Indian journal of veterinary science and animal husbandry - Volume 6,
Year: 1936
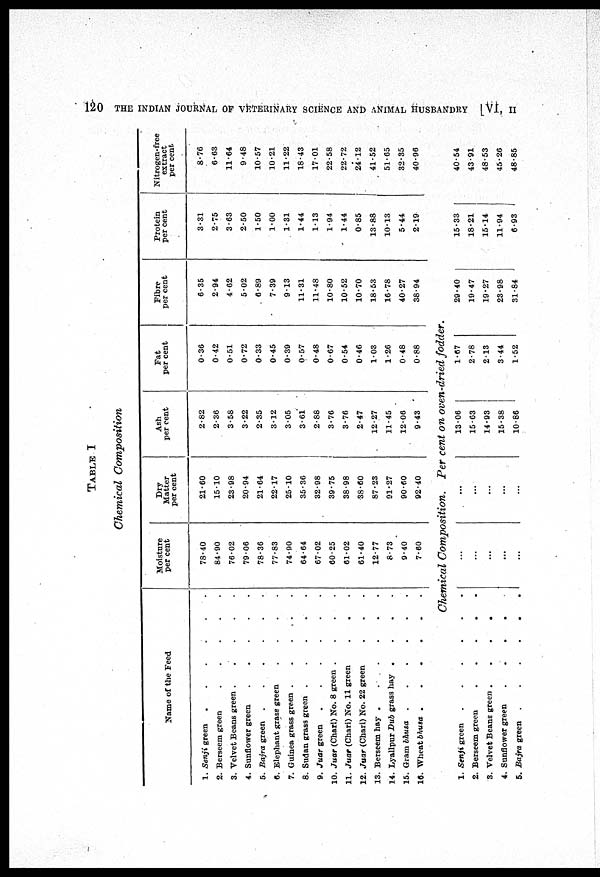
120
THE INDIAN JOURNAL OF VETERINARY SCIENCE AND ANIMAL HUSBANDRY [VI, II
TABLE I
Chemical
Composition
Name of the Feed
1.
2.
3.
4.
5.
6.
7.
8.
9.
10.
11.
12.
13.
14.
15.
16.
1.
2.
3.
4.
5.
Senji green .....
Berseem green ....
Velvet Beans green ......
Sunflower green ......
Bajra green ......
Elephant grass green .......
Guinea grass green .......
Sudan grass green ......
Juar green .......
Juar (Chari) No. 8 green ...
Juar (Chari) No. 11 green ...
Juar (Chari) No. 22 green ...
Berseem hay ......
Lyallpur Dub grass hay ...
Gram bhusa .....
Wheat bhusa ....
Moisture
per cent
78.40
84.90
76.02
79.06
78.36
77.83
74.90
64.64
67.02
60.25
61.02
61.40
12.77
8.73
9.40
7.60
Dry
Matter
per cent
21.60
15.10
23.98
20.94
21.64
22.17
25.10
35.36
32.98
39.75
38.98
38.60
87.23
91.27
90.60
92.40
Ash
per cent
2.82
2.36
3.58
3.22
2.35
3.12
3.05
3.61
2.88
3.76
3.76
2.47
12.27
11.45
12.06
9.43
Fat
per cent
0.36
0.42
0.51
0.72
0.33
0.45
0.39
0.57
0.48
0.67
0.54
0.46
1.03
1.26
0.48
0.88
Fibre
per cent
6.35
2.94
4.62
5.02
6.89
7.39
9.13
11.31
11.48
10.80
10.52
10.70
18.53
16.78
40.27
38.94
Protein
per cent
3.31
2.75
3.63
2.50
1.50
1.00
1.31
1.44
1.13
1.94
1.44
0.85
13.88
10.13
5.44
2.19
Nitrogen-free
extract
per cent.
8.76
6.63
11.64
9.48
10.57
10.21
11.22
18.43
17.01
22.58
22.72
24.12
41.52
51.65
32.35
40.96
Chemical Composition.
Per cent on oven-dried fodder.
Senji green
......
Berseem green
.....
Velvet Beans green ......
Sunflower green ....
Bajra green
....
...
...
...
...
...
...
...
...
...
...
13.06
15.63
14.93
15.38
10.86
1.67
2.78
2.13
3.44
1.52
29.40
19.47
19.27
23.98
31.84
15.33
18.21
15.14
11.94
6.93
40.54
43.91
48.53
45.26
48.85